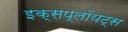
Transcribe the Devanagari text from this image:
इक्सप्लॉयट्स